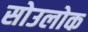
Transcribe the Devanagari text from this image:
सोउलोक